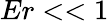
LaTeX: Er<<1